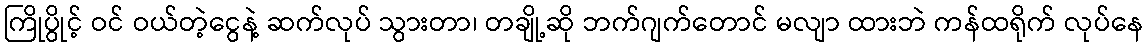
ကြိုပွိုင့် ဝင် ဝယ်တဲ့ငွေနဲ့ ဆက်လုပ် သွားတာ၊ တချို့ဆို ဘက်ဂျက်တောင် မလျာ ထားဘဲ ကန်ထရိုက် လုပ်နေ